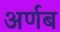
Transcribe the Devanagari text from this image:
अर्णब